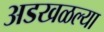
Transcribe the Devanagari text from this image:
अडखळल्या